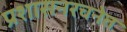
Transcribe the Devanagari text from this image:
प्रशासनरचनेत